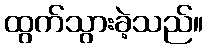
ထွက်သွားခဲ့သည်။